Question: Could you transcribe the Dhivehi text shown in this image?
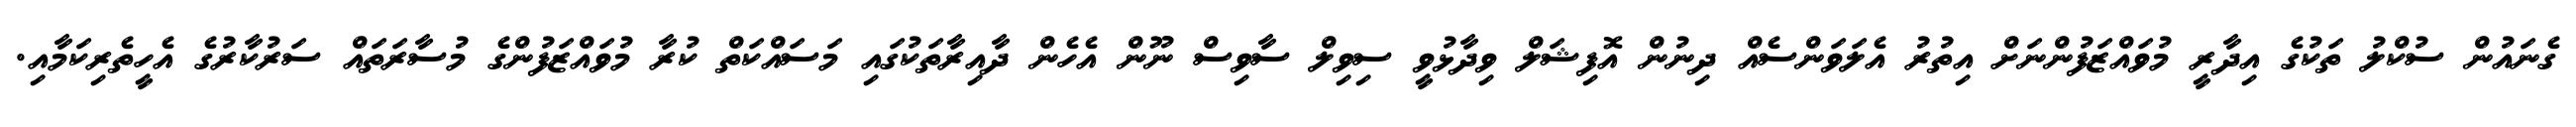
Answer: ގެނައުން ސުކްލު ތަކުގެ އިދާރީ މުވައްޒަފުންނަށް އިތުރު އެލަވަންސެއް ދިނުން އޮފިޝަލް ވިދާޅުވީ ސިވިލް ސާވިސް ނޫން އެހެން ދާއިރާތަކުގައި މަސައްކަތް ކުރާ މުވައްޒަފުންގެ މުސާރަތައް ސަރުކާރުގެ އެހީތެރިކަމާއި.